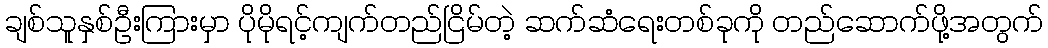
ချစ်သူနှစ်ဦးကြားမှာ ပိုမိုရင့်ကျက်တည်ငြိမ်တဲ့ ဆက်ဆံရေးတစ်ခုကို တည်ဆောက်ဖို့အတွက်